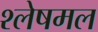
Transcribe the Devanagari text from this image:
श्लेषमल